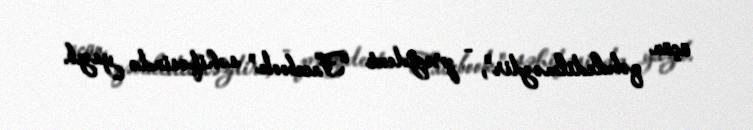
üçün qəbuledilməzdir", - prezident "Facebook" səhifəsində yazıb.